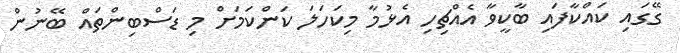
ގޭގައި ކައްކާފައި ބާކީވާ އެއްޗިހި އެޅުމާ މިކަހަލަ ކަންކަމަށް މި ޑަސްބިންތައް ބޭނުން